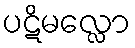
ပဋိမလ္လော